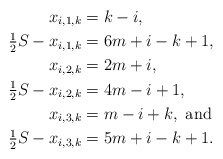
\begin{align*}x_{i,1,k} &= k-i, \\\tfrac{1}{2} S -x_{i,1,k} &= 6m+i-k+1, \\x_{i,2,k} &= 2m+i, \\\tfrac{1}{2} S - x_{i,2,k} &= 4m-i+1, \\x_{i,3,k} &= m-i+k, \mbox{ and } \\\tfrac{1}{2} S - x_{i,3,k} &= 5m+i-k+1. \end{align*}